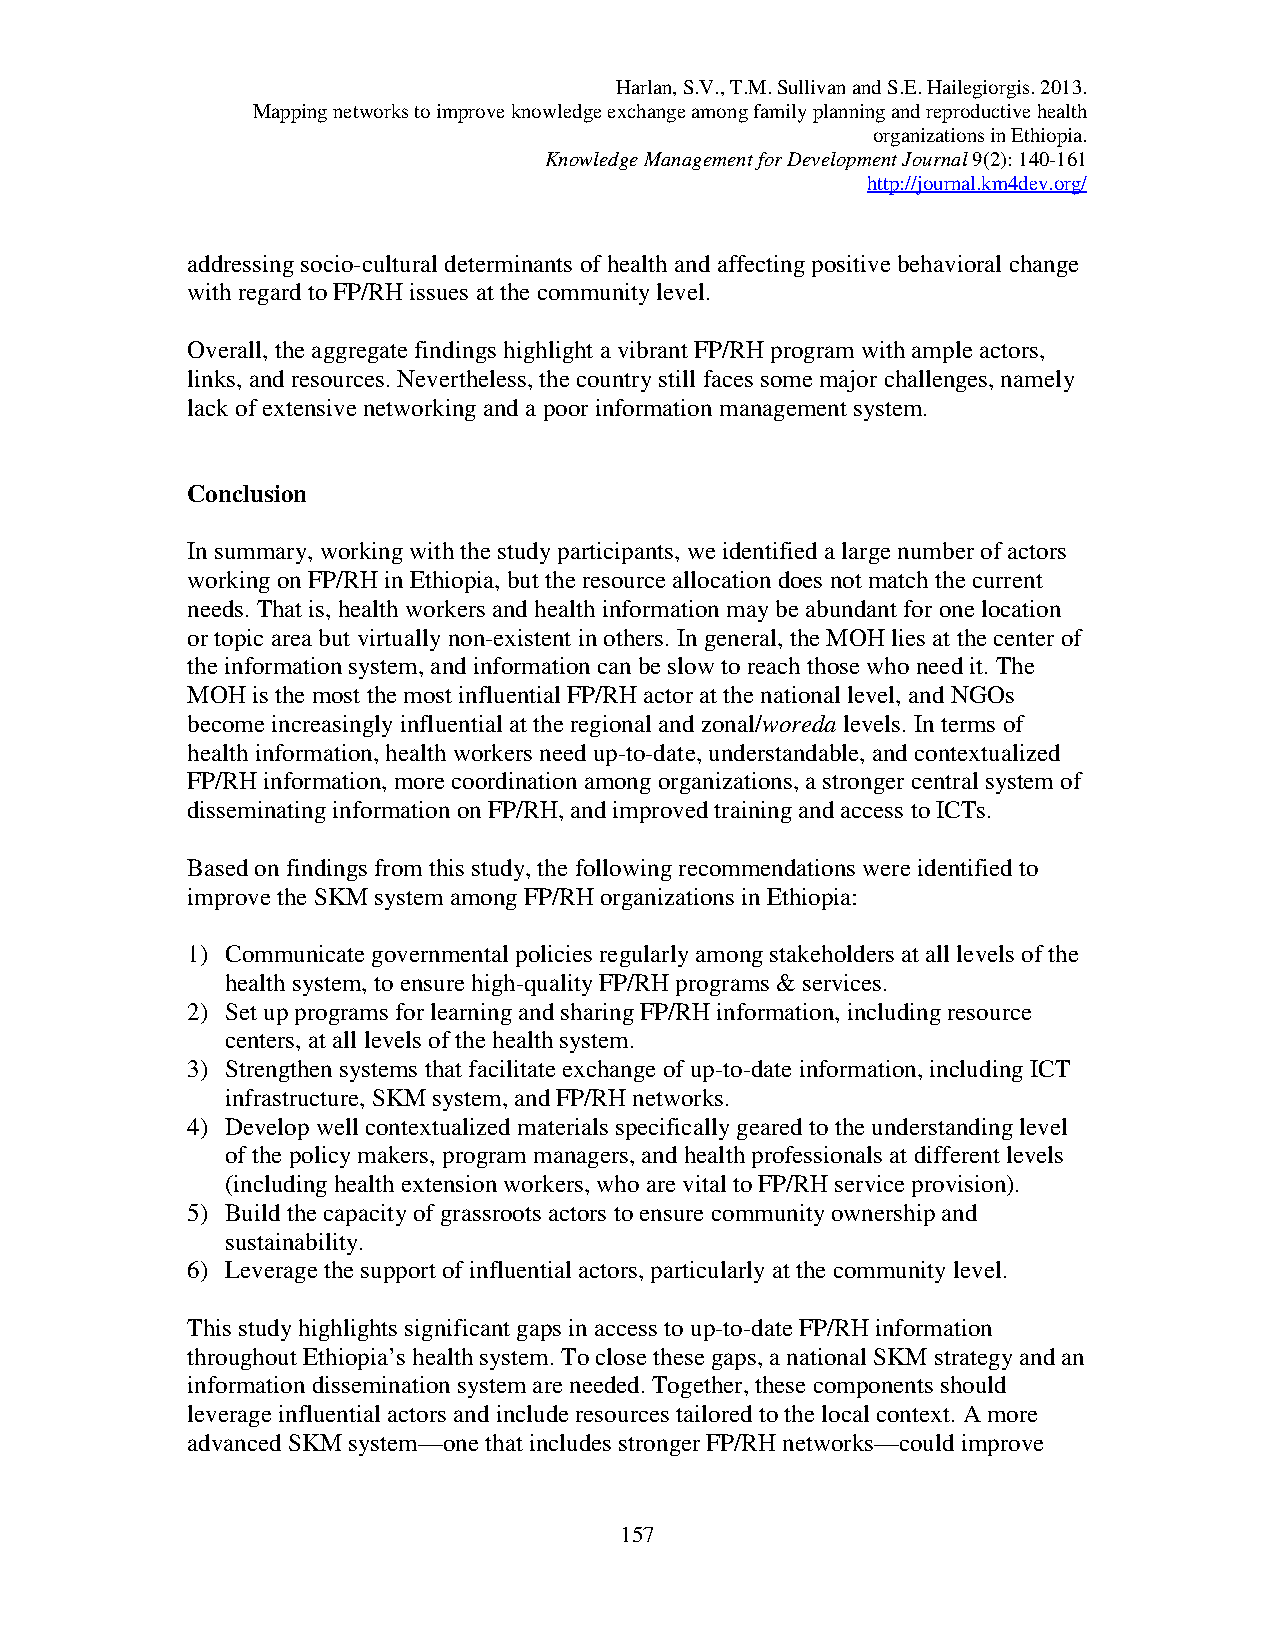
Harlan, S.V., T.M. Sullivan and S.E. Hailegiorgis. 2013.
 Mapping networks to improve knowledge exchange among family planning and reproductive health
 organizations in Ethiopia.
 Knowledge Management for Development Journal 9(2): 140-161
 http://journal.km4dev.org/
 addressing socio-cultural determinants of health and affecting positive behavioral change
 with regard to FP/RH issues at the community level.
 Overall, the aggregate findings highlight a vibrant FP/RH program with ample actors,
 links, and resources. Nevertheless, the country still faces some major challenges, namely
 lack of extensive networking and a poor information management system.
 Conclusion
 In summary, working with the study participants, we identified a large number of actors
 working on FP/RH in Ethiopia, but the resource allocation does not match the current
 needs. That is, health workers and health information may be abundant for one location
 or topic area but virtually non-existent in others. In general, the MOH lies at the center of
 the information system, and information can be slow to reach those who need it. The
 MOH  is the most the most influential FP/RH actor at the national level, and NGOs
 become increasingly influential at the regional and zonal/woreda levels. In terms of
 health information, health workers need up-to-date, understandable, and contextualized
 FP/RH information, more coordination among organizations, a stronger central system of
 disseminating information on FP/RH, and improved training and access to ICTs.
 Based on findings from this study, the following recommendations were identified to
 improve the SKM system among FP/RH organizations in Ethiopia:
 1) Communicate governmental policies regularly among stakeholders at all levels of the
 health system, to ensure high-quality FP/RH programs & services.
 2) Set up programs for learning and sharing FP/RH information, including resource
 centers, at all levels of the health system.
 3) Strengthen systems that facilitate exchange of up-to-date information, including ICT
 infrastructure, SKM system, and FP/RH networks.
 4) Develop well contextualized materials specifically geared to the understanding level
 of the policy makers, program managers, and health professionals at different levels
 (including health extension workers, who are vital to FP/RH service provision).
 5) Build the capacity of grassroots actors to ensure community ownership and
 sustainability.
 6) Leverage the support of influential actors, particularly at the community level.
 This study highlights significant gaps in access to up-to-date FP/RH information
 throughout Ethiopia’s health system. To close these gaps, a national SKM strategy and an
 information dissemination system are needed. Together, these components should
 leverage influential actors and include resources tailored to the local context. A more
 advanced SKM system—one that includes stronger FP/RH networks—could improve
 157